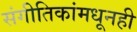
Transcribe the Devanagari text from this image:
संगीतिकांमधूनही